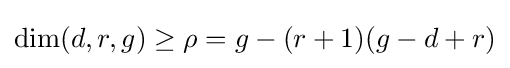
\dim(d,r,g)\geq \rho =g-(r+1)(g-d+r)